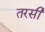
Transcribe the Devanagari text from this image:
तरसी